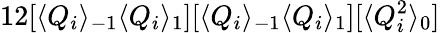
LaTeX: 12[\langle Q_{i}\rangle_{-1}\langle Q_{i}\rangle_{1}][\langle Q_{i}\rangle_{-1}\langle Q_{i}\rangle_{1}][\langle Q_{i}^{2}\rangle_{0}]